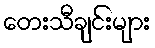
တေးသီချင်းများ